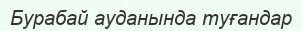
Бурабай ауданында туғандар